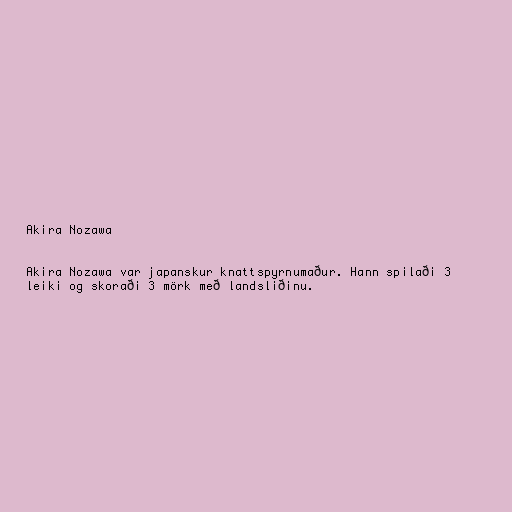
Akira Nozawa

Akira Nozawa var japanskur knattspyrnumaður. Hann spilaði 3
leiki og skoraði 3 mörk með landsliðinu.